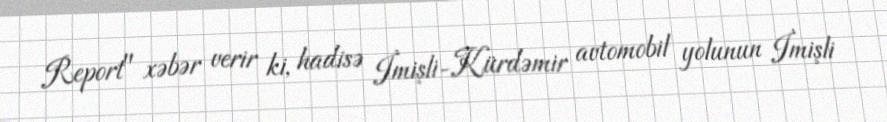
Report" xəbər verir ki, hadisə İmişli-Kürdəmir avtomobil yolunun İmişli